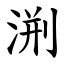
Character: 渆